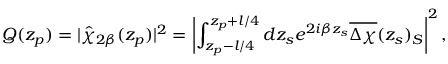
Q ( z _ { p } ) = | \hat { \chi } _ { 2 \beta } ( z _ { p } ) | ^ { 2 } = \left| \int _ { z _ { p } - l / 4 } ^ { z _ { p } + l / 4 } d z _ { s } e ^ { 2 i \beta z _ { s } } \overline { { \Delta \chi } } ( z _ { s } ) _ { S } \right| ^ { 2 } ,